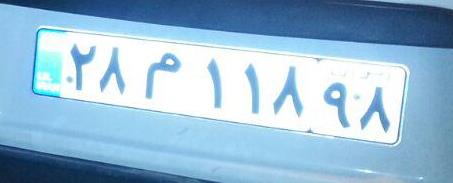
۲۸م۱۱۸۹۸